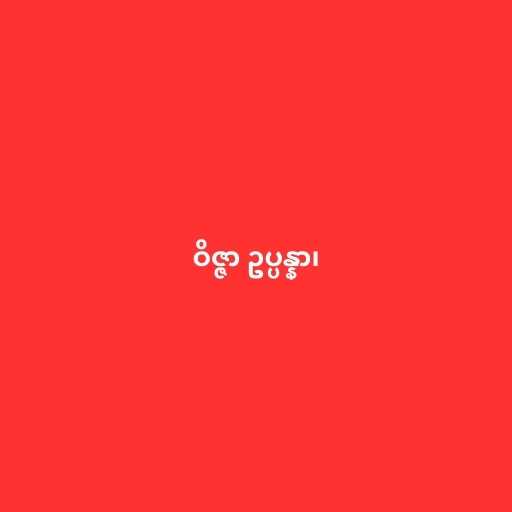
ဝိဇ္ဇာ ဥပ္ပန္နာ၊